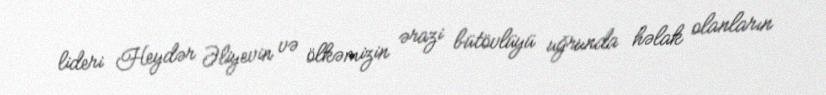
lideri Heydər Əliyevin və ölkəmizin ərazi bütövlüyü uğrunda həlak olanların